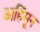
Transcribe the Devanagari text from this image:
अहिंमून